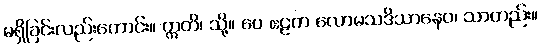
မရှိခြင်းလည်းကောင်း။ ဣတိ၊ သို့။ ပေ ဧဠက လောမသဒိသာနေဝ၊ သာတည်း။